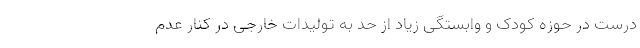
درست در حوزه کودک و وابستگی زیاد از حد به تولیدات خارجی در کنارِ عدم